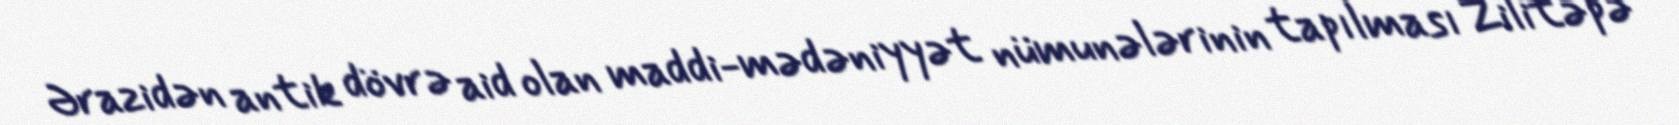
Ərazidən antik dövrə aid olan maddi-mədəniyyət nümunələrinin tapılması Zilitəpə